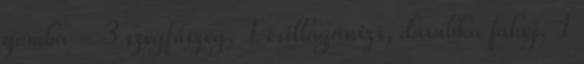
gomba - 3 szegfűszeg, 1 csillagánizs, darabka fahéj, 1